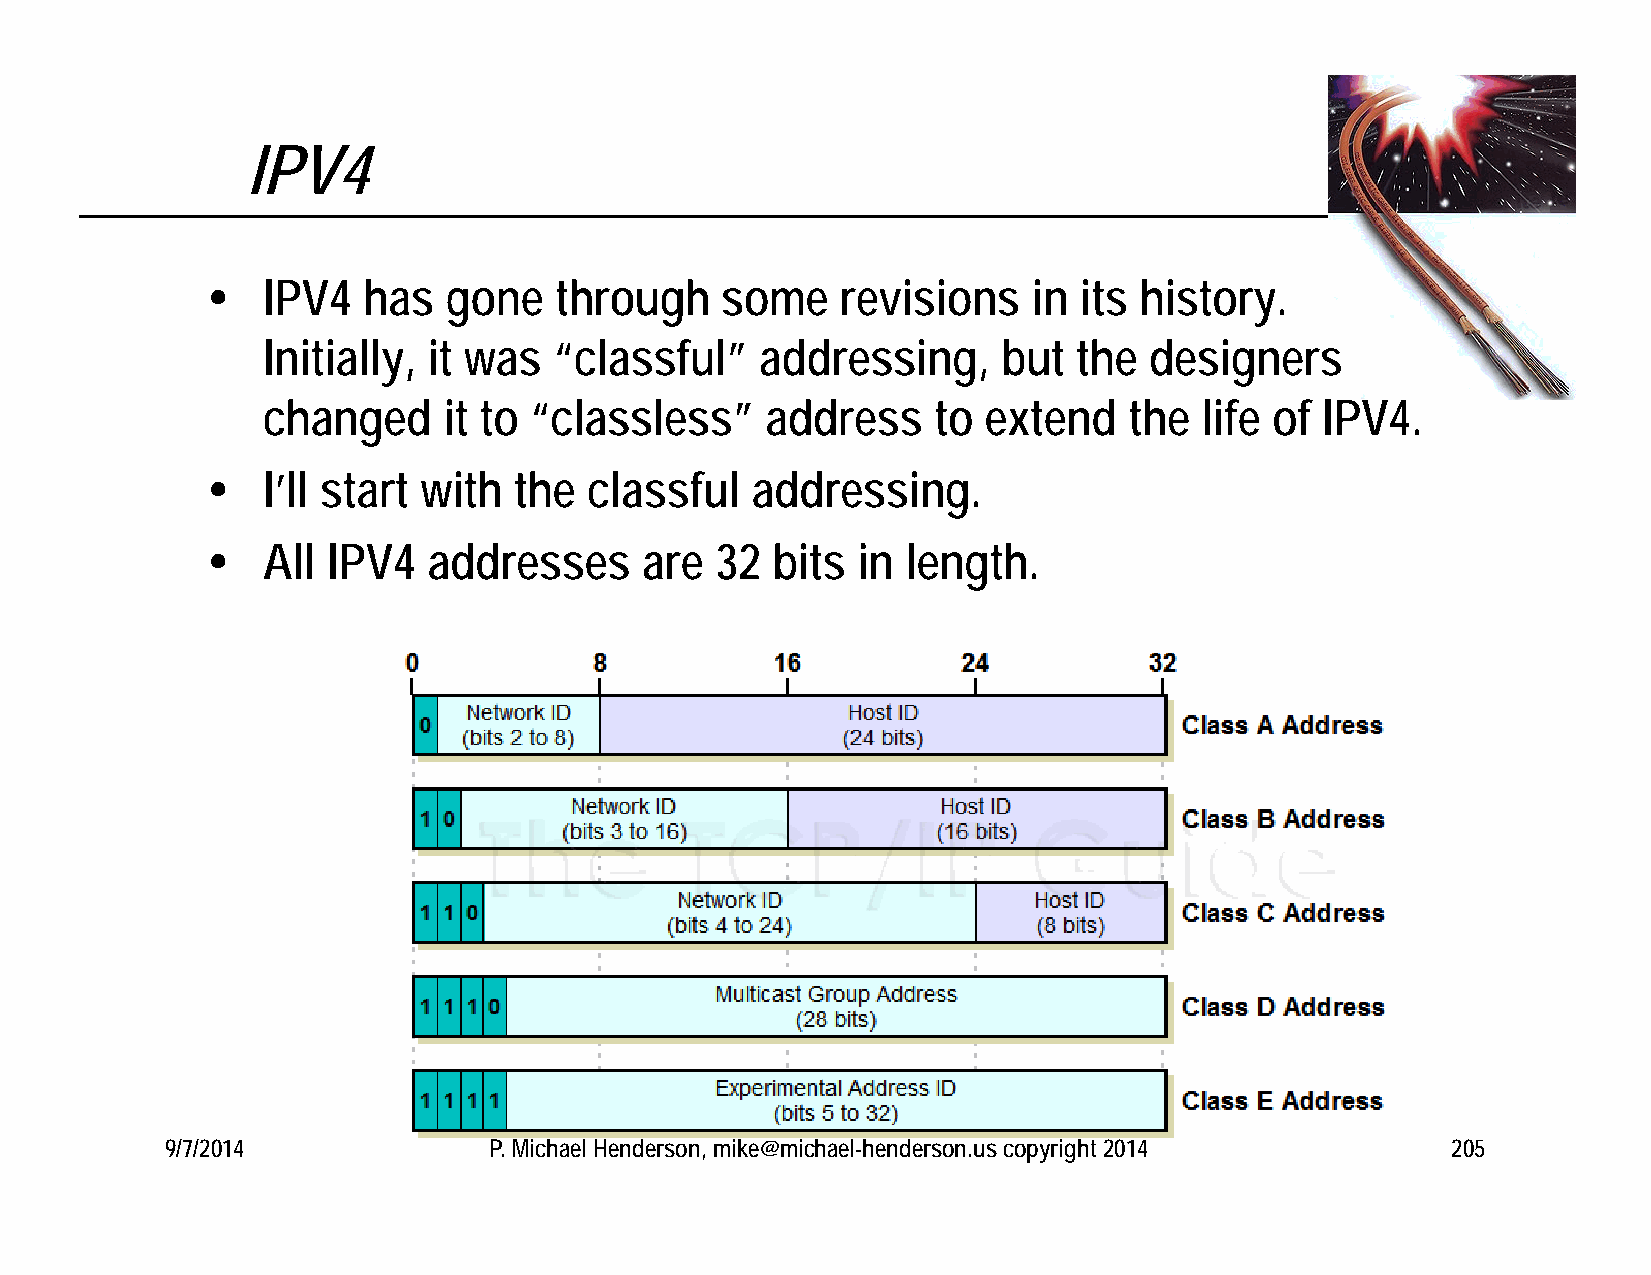
IPV4
   IPV4   has  gone    through    some    revisions   in its history.
 Initially, it was   “classful”   addressing,     but  the  designers
 changed     it to “classless”     address    to extend    the  life of IPV4.
   I’ll start with  the  classful   addressing.
   All  IPV4  addresses     are  32  bits  in length.
 9/7/2014             P. Michael Henderson, mike@michael-henderson.us copyright 2014  205